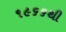
૧૯૬૬થી